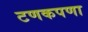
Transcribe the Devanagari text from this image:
टणकपणा